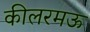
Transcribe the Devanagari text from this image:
कीलरमऊ